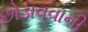
છોડાવવાની